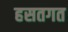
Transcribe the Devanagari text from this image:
हसतगत